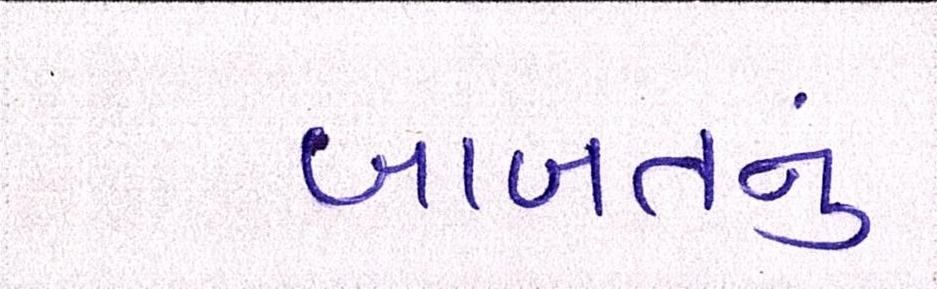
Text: બાબતનું